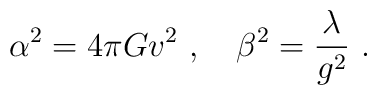
\alpha^2 = 4 \pi G v^2 \ , \ \ \ \beta^2 = \frac{\lambda}{g^2}\ .